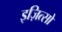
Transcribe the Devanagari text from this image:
इज़ित्सो